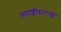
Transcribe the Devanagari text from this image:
लापशीसारखा